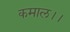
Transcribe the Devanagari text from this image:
कमाल।।